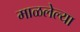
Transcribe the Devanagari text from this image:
माळलेल्या